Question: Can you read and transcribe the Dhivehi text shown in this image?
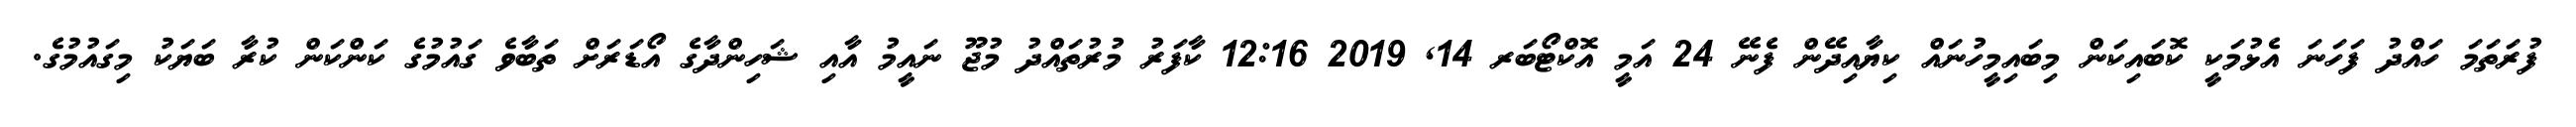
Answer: ފުރަތަމަ ހައްދު ފަހަނަ އެޅުމަކީ ކޮބައިކަން މިބައިމީހުނައް ކިޔާއިދޭން ފެނޭ 24 އަމީ އޮކްޓޯބަރ 14, 2019 12:16 ކާފަރު މުރުތައްދު މުޖޫ ނައީމު އާއި ޝަހިންދާގެ އޯޑަރަށް ތަބާވެ ގައުމުގެ ކަންކަން ކުރާ ބަޔަކު މިގައުމުގެ.